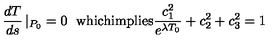
\frac { d T } { d s } \left| _ { P _ { 0 } } = 0 \right. \ \mathrm { w h i c h i m p l i e s } \frac { c _ { 1 } ^ { 2 } } { e ^ { \lambda T _ { 0 } } } + c _ { 2 } ^ { 2 } + c _ { 3 } ^ { 2 } = 1